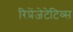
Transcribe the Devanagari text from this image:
रिप्रेंजेटेटिव्स